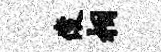
俊相